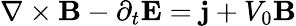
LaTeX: \mathbf{\nabla}\times\mathbf{B}-\partial_{t}\mathbf{E}=\mathbf{j}+V_{0}\mathbf{B}